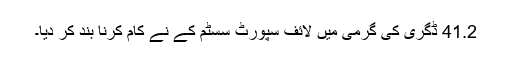
41.2 ڈگری کی گرمی میں لائف سپورٹ سسٹم کے نے کام کرنا بند کر دیا۔